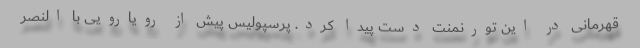
قهرمانی در این تورنمنت دست پیدا کرد. پرسپولیس پیش از رویارویی با النصر